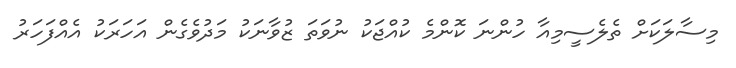
މިސާލަކަށް ތެލެސީމިއާ ހުންނަ ކޮންމެ ކުއްޖަކު ނުވަތަ ޒުވާނަކު މަދުވެގެން އަހަރަކު އެއްފަހަރު